Vaccination in Bombay 1913-1923 - 1913-1923
Year: 1913
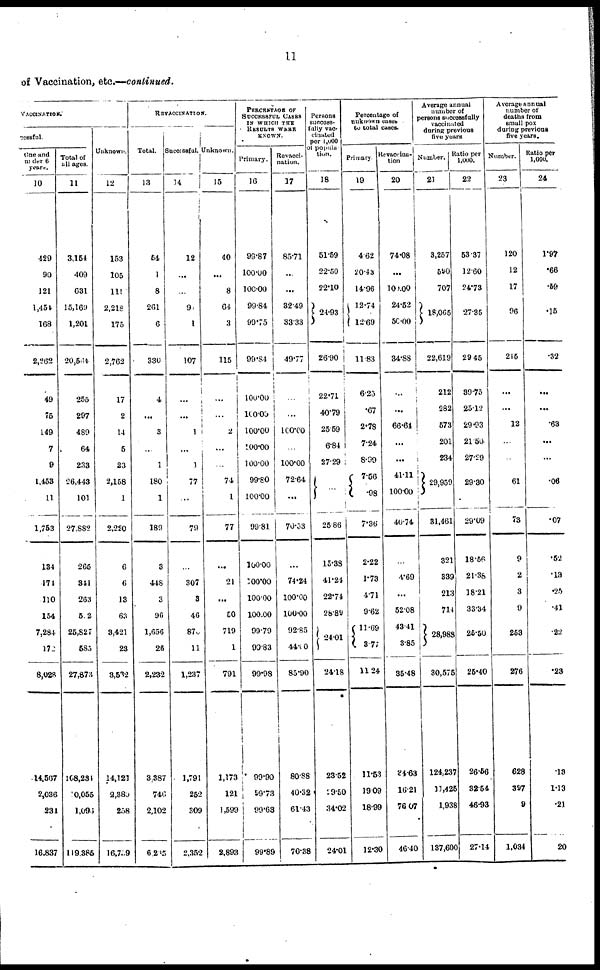
11
of Vaccination, etc.—continued.
VACCINATION.
cessful.
One and
under 6
years.
10
429
90
121
1,454
168
2,262
49
75
149
7
9
1,453
11
1,753
134
474
110
154
7,284
172
8,028
14,567
2,036
231
16,837
Total of
all ages.
11
3,154
409
631
15,169
1,201
20,564
255
297
489
64
233
26,443
101
27,882
265
341
263
512
25,827
585
27,873
108,234
10,055
1,096
119,385
Unknown.
12
153
105
111
2,218
175
2,762
17
2
14
5
23
2,158
1
2,220
6
6
13
63
3,421
23
3,532
14,121
2,380
258
16,759
REVACCINATION.
Total.
13
54
1
8
261
6
330
4
...
3
...
1
180
1
189
3
448
3
96
1,656
26
2,232
3,387
746
2,102
6,235
Successful.
14
12
...
...
95
1
107
...
...
1
...
1
77
...
79
...
307
3
46
876
11
1,237
1,791
252
309
2,352
Unknown.
15
40
...
8
64
3
115
...
...
2
...
...
74
1
77
...
21
...
50
719
1
791
1,173
121
1,599
2,893
PERCENTAGE OF
SUCCESSFUL CASES
IN WHICH THE
RESULTS WERE
KNOWN.
Primary.
16
99.87
100.00
100.00
99.84
99.75
99.84
100.00
100.00
100.00
100.00
100.00
99.80
100.00
99.81
100.00
100.00
100.00
100.00
99.79
99.83
99.98
99.90
99.73
99.63
99.89
Revacci-
nation.
17
85.71
...
...
32.49
33.33
49.77
...
...
100.00
...
100.00
72.64
...
70.53
...
74.24
100.00
100.00
92.85
44.00
85.90
80.88
40.32
61.43
70.38
Persons
success-
fully vac-
cinated
per 1,000
of popula-
tion.
18
51.59
22.50
22.10
24.93
26.90
22.71
40.79
25.59
6.84
27.29
...
25.86
15.38
41.21
22.74
28.89
24.01
24.18
23.52
29.50
34.02
24.01
Percentage of
unknown cases
to total cases.
Primary.
19
4.62
20.43
14.96
12.74
12.69
11.83
6.25
.67
2.78
7.24
8.99
7.56
.98
7.36
2.22
1.73
4.71
9.62
11.69
3.77
11.24
11.53
19.09
18.99
12.30
Revaccina-
tion
20
74.08
...
100.00
24.52
50.00
34.88
...
...
66.64
...
...
41.11
100.00
40.74
...
4.69
...
52.08
43.41
3.85
35.48
34.63
16.21
76.07
46.40
Average annual
number of
persons successfully
vaccinated
during previous
five years
Number.
21
3,257
590
707
18,065
22,619
212
282
573
201
234
29,959
31,461
321
339
213
714
28,988
30,575
124,237
11,425
1,938
137,600
Ratio per
1,000.
22
53.37
12.60
24.73
27.35
29.45
39.75
25.12
29.93
21.50
27.29
29.30
29.09
18.56
21.38
18.21
33.34
25.50
25.40
26.56
32.54
46.93
27.14
Average annual
number of
deaths from
small-pox
during previous
five years.
Number.
23
120
12
17
96
245
...
...
12
...
..
61
73
9
2
3
9
253
276
628
397
9
1,034
Ratio per
1,000.
24
1.97
.66
.59
.15
.32
...
...
.63
...
...
.06
.07
.52
.13
.25
.41
.22
.23
.10
1.13
.21
20